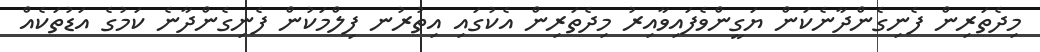
މިދެތަރިން ފެނިގެންދާނެކަން ޔަގީންވެފައިވާއިރު މިދެތަރިން އެކުގައި އިތުރުނ ފިލްމަކުން ފެނިގެންދާނެ ކަމުގެ އަޑުތަކެއް